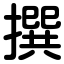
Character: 撰